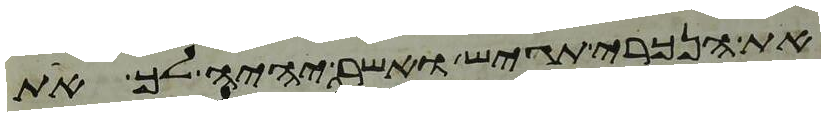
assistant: את הנכרי תגש ואשר יהיה לך את